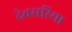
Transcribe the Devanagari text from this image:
देवसरिया